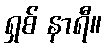
ရှစ် နာရီ။